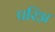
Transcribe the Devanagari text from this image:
परिअ